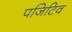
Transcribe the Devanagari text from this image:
पजिटिव